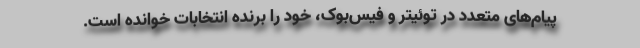
پیام‌های متعدد در توئیتر و فیس‌بوک، خود را برنده انتخابات خوانده است.